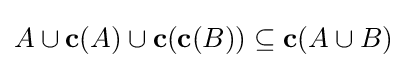
{\textstyle A\cup \mathbf {c} (A)\cup \mathbf {c} (\mathbf {c} (B))\subseteq \mathbf {c} (A\cup B)}